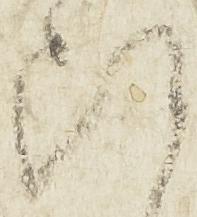
断